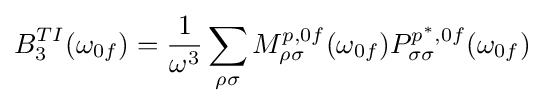
B_{3}^{TI}(\omega _{0f})={\frac {1}{\omega ^{3}}}\sum _{\rho \sigma }M_{\rho \sigma }^{p,0f}(\omega _{0f})P_{\sigma \sigma }^{p^{*},0f}(\omega _{0f})